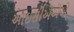
આઇસીએએએ